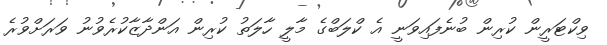
ވިކްޓަރީން ކުރިން ބުނެފައިވަނީ އެ ކްލަބްގެ މާލީ ހާލަތު ކުރިން އަންދާޒާކުރެވުނު ވަރަށްވުރެ